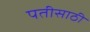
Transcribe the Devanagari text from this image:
पतीसाठी